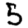
Digit: 5